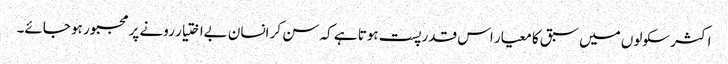
اکثر سکولوں میں سبق کا معیار اس قدر پست ہوتا ہے کہ سن کر انسان بےاختیار رونے پر مجبور ہو جائے۔